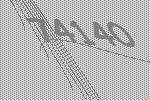
74140